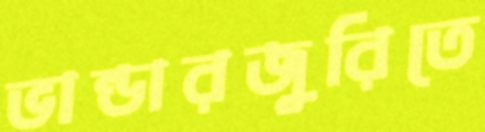
ভান্ডারজুরিতে